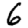
Digit: 6